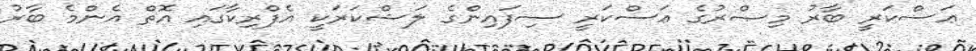
ޢަސްކަރީ ބާރު މިޞްރުގެ ޢަސްކަރީ ސިފައިންގެ ލަޝްކަރަކީ އެފްރިކާގައި އޮތް އެންމެ ބާރު